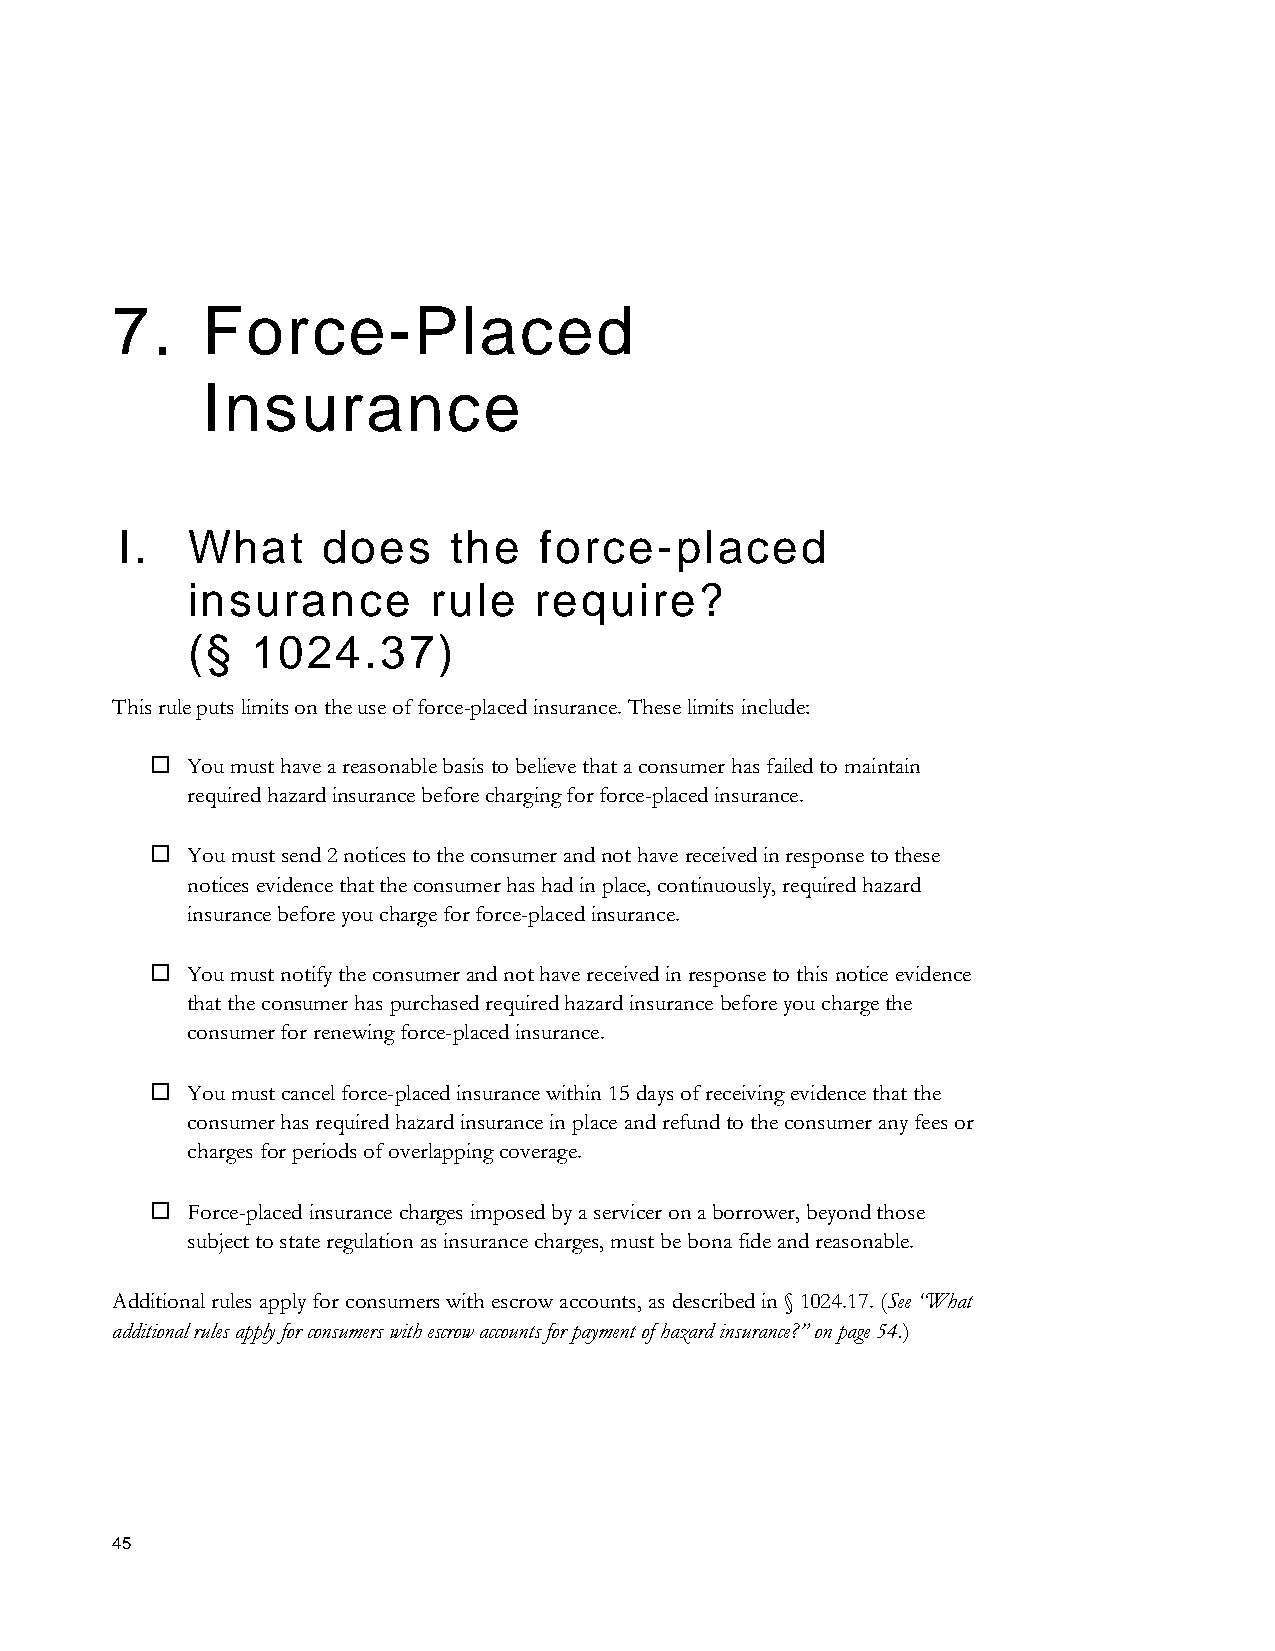
7.    Force-Placed
 Insurance
 I.  What     does     the   force-placed
 insurance       rule   require?
 (§   1024.37)
 This rule puts limits on the use of force-placed insurance. These limits include:
  You must have a reasonable basis to believe that a consumer has failed to maintain
 required hazard insurance before charging for force-placed insurance.
  You must send 2 notices to the consumer and not have received in response to these
 notices evidence that the consumer has had in place, continuously, required hazard
 insurance before you charge for force-placed insurance.
  You must notify the consumer and not have received in response to this notice evidence
 that the consumer has purchased required hazard insurance before you charge the
 consumer for renewing force-placed insurance.
  You must cancel force-placed insurance within 15 days of receiving evidence that the
 consumer has required hazard insurance in place and refund to the consumer any fees or
 charges for periods of overlapping coverage.
  Force-placed insurance charges imposed by a servicer on a borrower, beyond those
 subject to state regulation as insurance charges, must be bona fide and reasonable.
 Additional rules apply for consumers with escrow accounts, as described in § 1024.17. (See “What
 additional rules apply for consumers with escrow accounts for payment of hazard insurance?” on page 54.)
 45